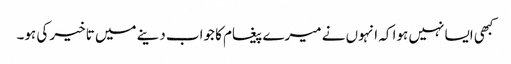
کبھی ایسا نہیں ہوا کہ انہوں نے میرے پیغام کا جواب دینے میں تاخیر کی ہو۔